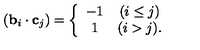
( { \bf b } _ { i } \cdot { \bf c } _ { j } ) = \left\{ \begin{array} { c c } { - 1 } & { ( i \leq j ) } \\ { 1 } & { ( i > j ) . } \\ \end{array} \right.